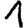
Digit: 1